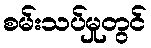
စမ်းသပ်မှုတွင်